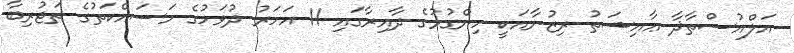
އަލްއުސްތާޛާ ޢާއިޝަތު ރިޒުނާއަކީ ހިންގުމުގެ ދާއިރާގައި 11 އަހަރު ދުވަހުގެ މަސައްކަތުގެ ތަޖުރިބާ